Indian journal of veterinary science and animal husbandry - Volume 5,
Year: 1935
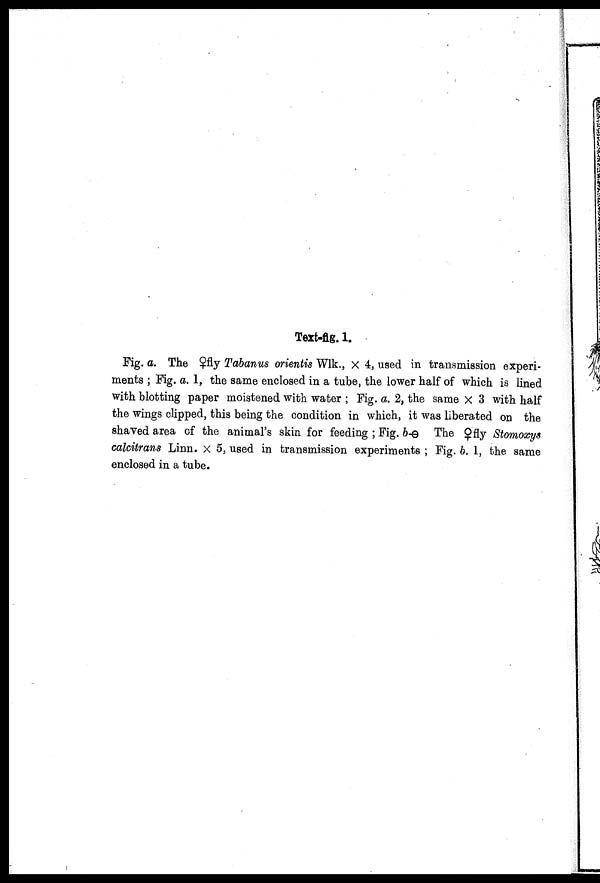
Text-fig. 1.
Fig. a. The ♀fly Tabanus orientis Wlk., × 4, used in transmission experi
ments ; Fig. a. 1, the same enclosed in a tube, the lower half of which is lined
with blotting paper moistened with water ; Fig. a. 2, the same × 3 with half
the wings clipped, this being the condition in which, it was liberated on the
shaved area of the animal's skin for feeding ; Fig. b-ө The ♀fly Stomoxys
calcitrans Linn. × 5, used in transmission experiments ; Fig. b. 1, the same
enclosed in a tube.